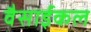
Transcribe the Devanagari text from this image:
वैसाईकल